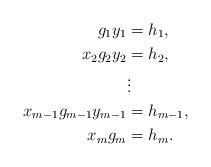
LaTeX: \begin{align*}g_1y_1 &= h_1,\\x_2g_2y_2 &= h_2,\\&\vdots \\x_{m-1}g_{m-1}y_{m-1} &= h_{m-1},\\x_mg_m &= h_m.\end{align*}